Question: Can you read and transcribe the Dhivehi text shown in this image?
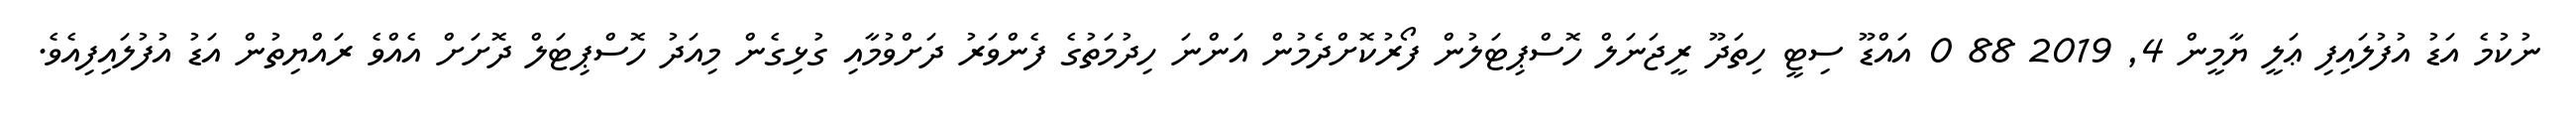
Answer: ނުކުމެ އަޑު އުފުލައިފި ޢަލީ ޔާމީން 4, 2019 88 0 އައްޑޫ ސިޓީ ހިތަދޫ ރީޖަނަލް ހޮސްޕިޓަލުން ފޯރުކޮށްދެމުން އަންނަ ހިދުމަތުގެ ފެންވަރު ދަށްވުމާއި ގުޅިގެން މިއަދު ހޮސްޕިޓަލް ދޮށަށް އެއްވެ ރައްޔިތުން އަޑު އުފުލައިފިއެވެ.